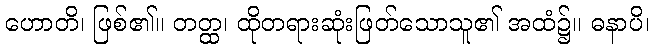
ဟောတိ၊ ဖြစ်၏။ တတ္ထ၊ ထိုတရားဆုံးဖြတ်သောသူ၏ အထံ၌။ ဓနာပိ၊